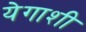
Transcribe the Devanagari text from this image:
येगाशी